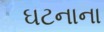
ઘટનાના